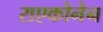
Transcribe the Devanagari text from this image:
राएकोनेन